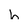
Character: h